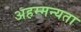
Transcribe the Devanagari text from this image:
अहम्मन्यता